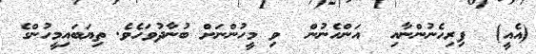
(އެއީ)  ފިރިހެނުންނާއި  އަންހެނުން  ވި މީހުންނަށް ބުނާދުވަހެވެ. ތިޔަބައިމީހުންގެ